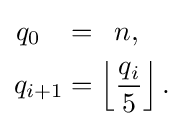
{\begin{aligned}q_{0}\,\,\,\,\,&=\,\,\,n,\quad \\q_{i+1}&=\left\lfloor {\frac {q_{i}}{5}}\right\rfloor .\,\end{aligned}}